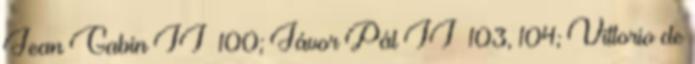
Jean Gabin II 100; Jávor Pál II 103, 104; Vittorio de